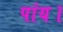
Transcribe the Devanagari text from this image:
पांय।